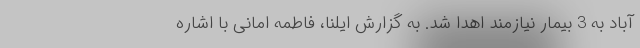
آباد به 3 بیمار نیازمند اهدا شد. به گزارش ایلنا، فاطمه امانی با اشاره